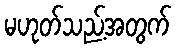
မဟုတ်သည့်အတွက်